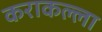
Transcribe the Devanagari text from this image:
कराकल्ला